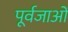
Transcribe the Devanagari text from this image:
पूर्वजाओं